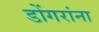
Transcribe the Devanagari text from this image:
डोंगरांना